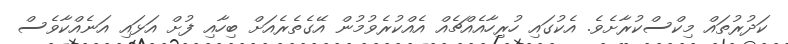
ކަދުރުތައް މިކްސްކުރާށެވެ. އެކުގައި ހުރިހާއެއްޗެއް އެއްކުރެވުމުން އޭގެތެރެއަށް ބިހާއި ފުށް އަޅައި އަނެއްކާވެސް